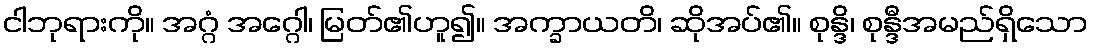
ငါဘုရားကို။ အဂ္ဂံ အဂ္ဂေါ၊ မြတ်၏ဟူ၍။ အက္ခာယတိ၊ ဆိုအပ်၏။ စုန္ဒိ၊ စုန္ဒီအမည်ရှိသော